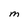
Character: M